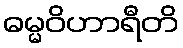
ဓမ္မဝိဟာရီတိ